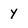
Character: y